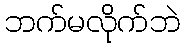
ဘက်မလိုက်ဘဲ